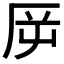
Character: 𠩋